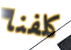
كلفنا